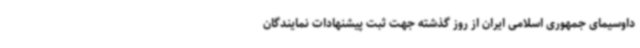
داوسیمای جمهوری اسلامی ایران از روز گذشته جهت ثبت پیشنهادات نمایندگان